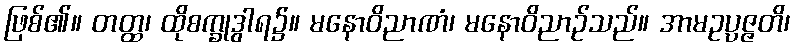
ဖြစ်၏။ တတ္ထ၊ ထိုစက္ခုဒွါရ၌။ မနောဝိညာဏံ၊ မနောဝိညာဉ်သည်။ အာမဥပ္ပဇ္ဇတိ၊